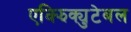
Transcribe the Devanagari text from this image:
एक्झिक्युटेबल